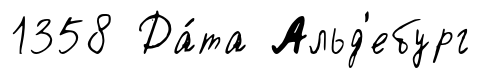
1358 Да́та Альд'ебург